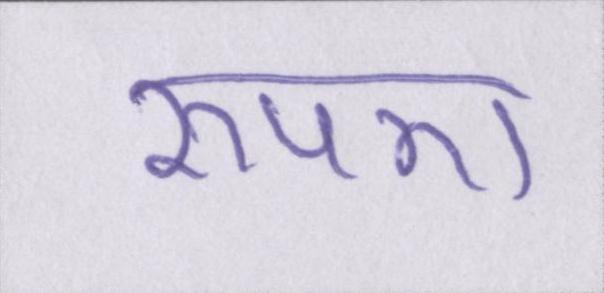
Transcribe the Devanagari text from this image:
रुपए